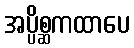
အပ္ပိစ္ဆကထာပေ